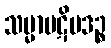
သမ္မာပဋိပဒဉ္စ